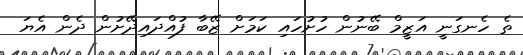
ތެ ހެނގަނީ އަޒީމް ބޭނުން ހުށުހައި ކަމަށް ޒޭބާ ފުއްދައިދޭށުން ދެން އެޔަ